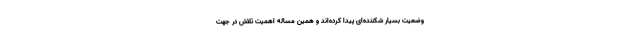
وضعیت بسیار شکننده‌ای پیدا کرده‌اند و همین مساله اهمیت تلاش در جهت